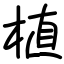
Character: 植